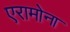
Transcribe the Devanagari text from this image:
एरामोना